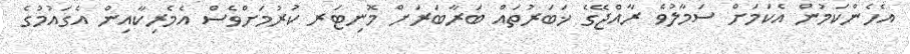
އެހެންކަމުން އެކަމަށް ސަމާލުވެ ރާއްޖޭގެ ޚަބަރުތައް ބަރާބަރަށް މޮނިޓަރ ކުރުމަށްވެސް އެމެރިކާއިން އެގައުމުގެ